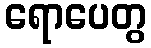
ရောပေတွ